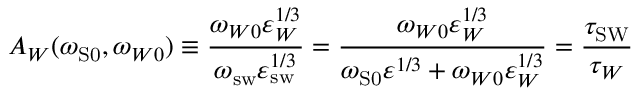
A _ { W } ( \omega _ { \mathrm { { S } 0 } } , \omega _ { W 0 } ) \equiv \frac { \omega _ { W 0 } \varepsilon _ { W } ^ { 1 / 3 } } { \omega _ { \mathrm { { s w } } } \varepsilon _ { \mathrm { { s w } } } ^ { 1 / 3 } } = \frac { \omega _ { W 0 } \varepsilon _ { W } ^ { 1 / 3 } } { \omega _ { \mathrm { { S } 0 } } \varepsilon ^ { 1 / 3 } + \omega _ { W 0 } \varepsilon _ { W } ^ { 1 / 3 } } = \frac { \tau _ { \mathrm { { S W } } } } { \tau _ { W } }